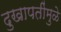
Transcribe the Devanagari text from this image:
दुखापतींमुळे